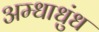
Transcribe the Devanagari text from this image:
अम्धाधुंध